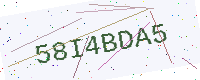
Text: 58I4BDA5